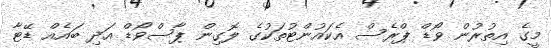
މީގެ އިތުރުން ވޯޑް ޕްރެސް އެކައުންޓުތަކުގެ ލޮގިން ޕާސްވޯޑް އަދި ބައެއް ޑޭޓާ